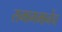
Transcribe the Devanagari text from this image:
समागमानेंच